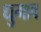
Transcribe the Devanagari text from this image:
धुमाव